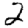
Digit: 2